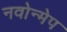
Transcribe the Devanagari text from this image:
नवोन्मेप